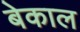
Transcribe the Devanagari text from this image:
बेकाल